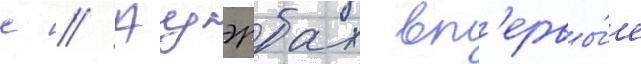
с // Ауэрбах вп'ервы́е